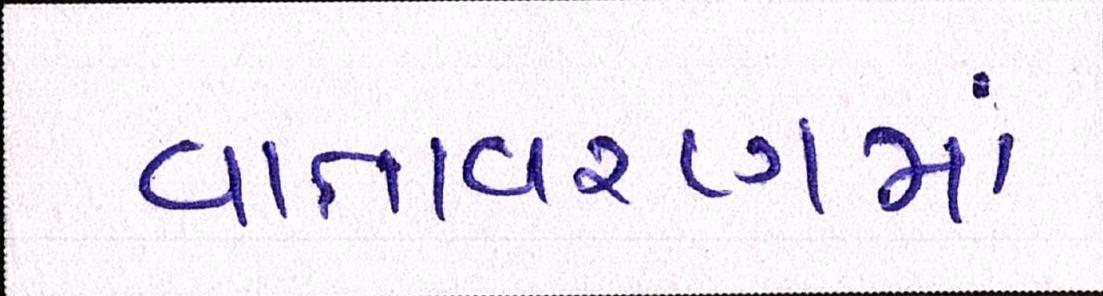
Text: વાતાવરણમાં